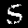
Digit: 5